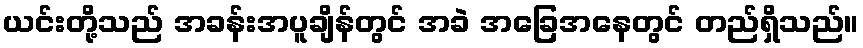
ယင်းတို့သည် အခန်းအပူချိန်တွင် အခဲ အခြေအနေတွင် တည်ရှိသည်။